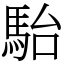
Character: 駘